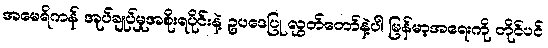
အမေရိကန် အုပ်ချုပ်မှုအစိုးရပိုင်းနဲ့ ဥပဒေပြု လွှတ်တော်နဲ့ပါ မြန်မာ့အရေးကို တိုင်ပင်